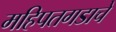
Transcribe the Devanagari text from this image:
महिपतगडाचे